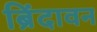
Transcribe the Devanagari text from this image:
ब्रिंदावन